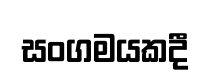
සංගමයකදී